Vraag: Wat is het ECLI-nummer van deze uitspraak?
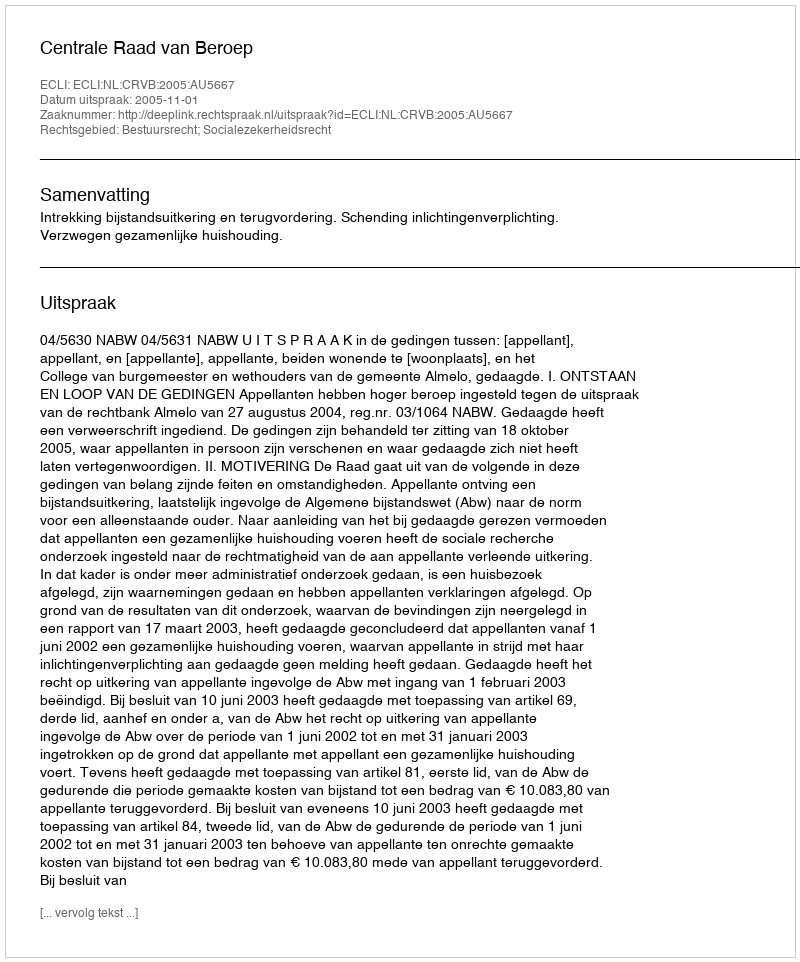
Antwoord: ECLI:NL:CRVB:2005:AU5667